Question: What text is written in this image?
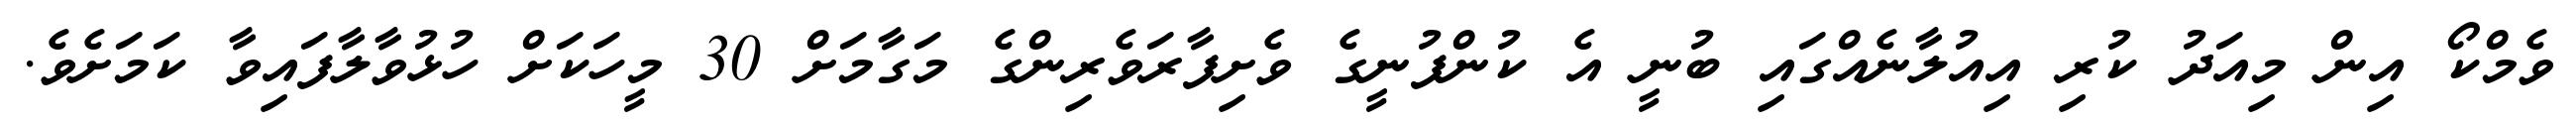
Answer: ވެމްކޯ އިން މިއަދު ކުރި އިއުލާނެއްގައި ބުނީ އެ ކުންފުނީގެ ވެށިފާރަވެރިންގެ މަގާމަށް 30 މީހަކަށް ހުޅުވާލާފައިވާ ކަމަށެވެ.